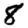
Digit: 8